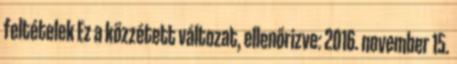
feltételek Ez a közzétett változat, ellenőrizve: 2016. november 15.